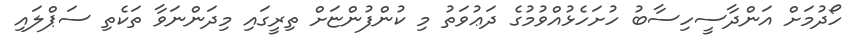
ހޯދުމަށް އަންދާސީހިސާބު ހުށަހެޅުއްވުމުގެ ދަޢުވަތު މި ކުންފުންޏަށް ތިރީގައި މިދަންނަވާ ތަކެތި ސަޕްލައި